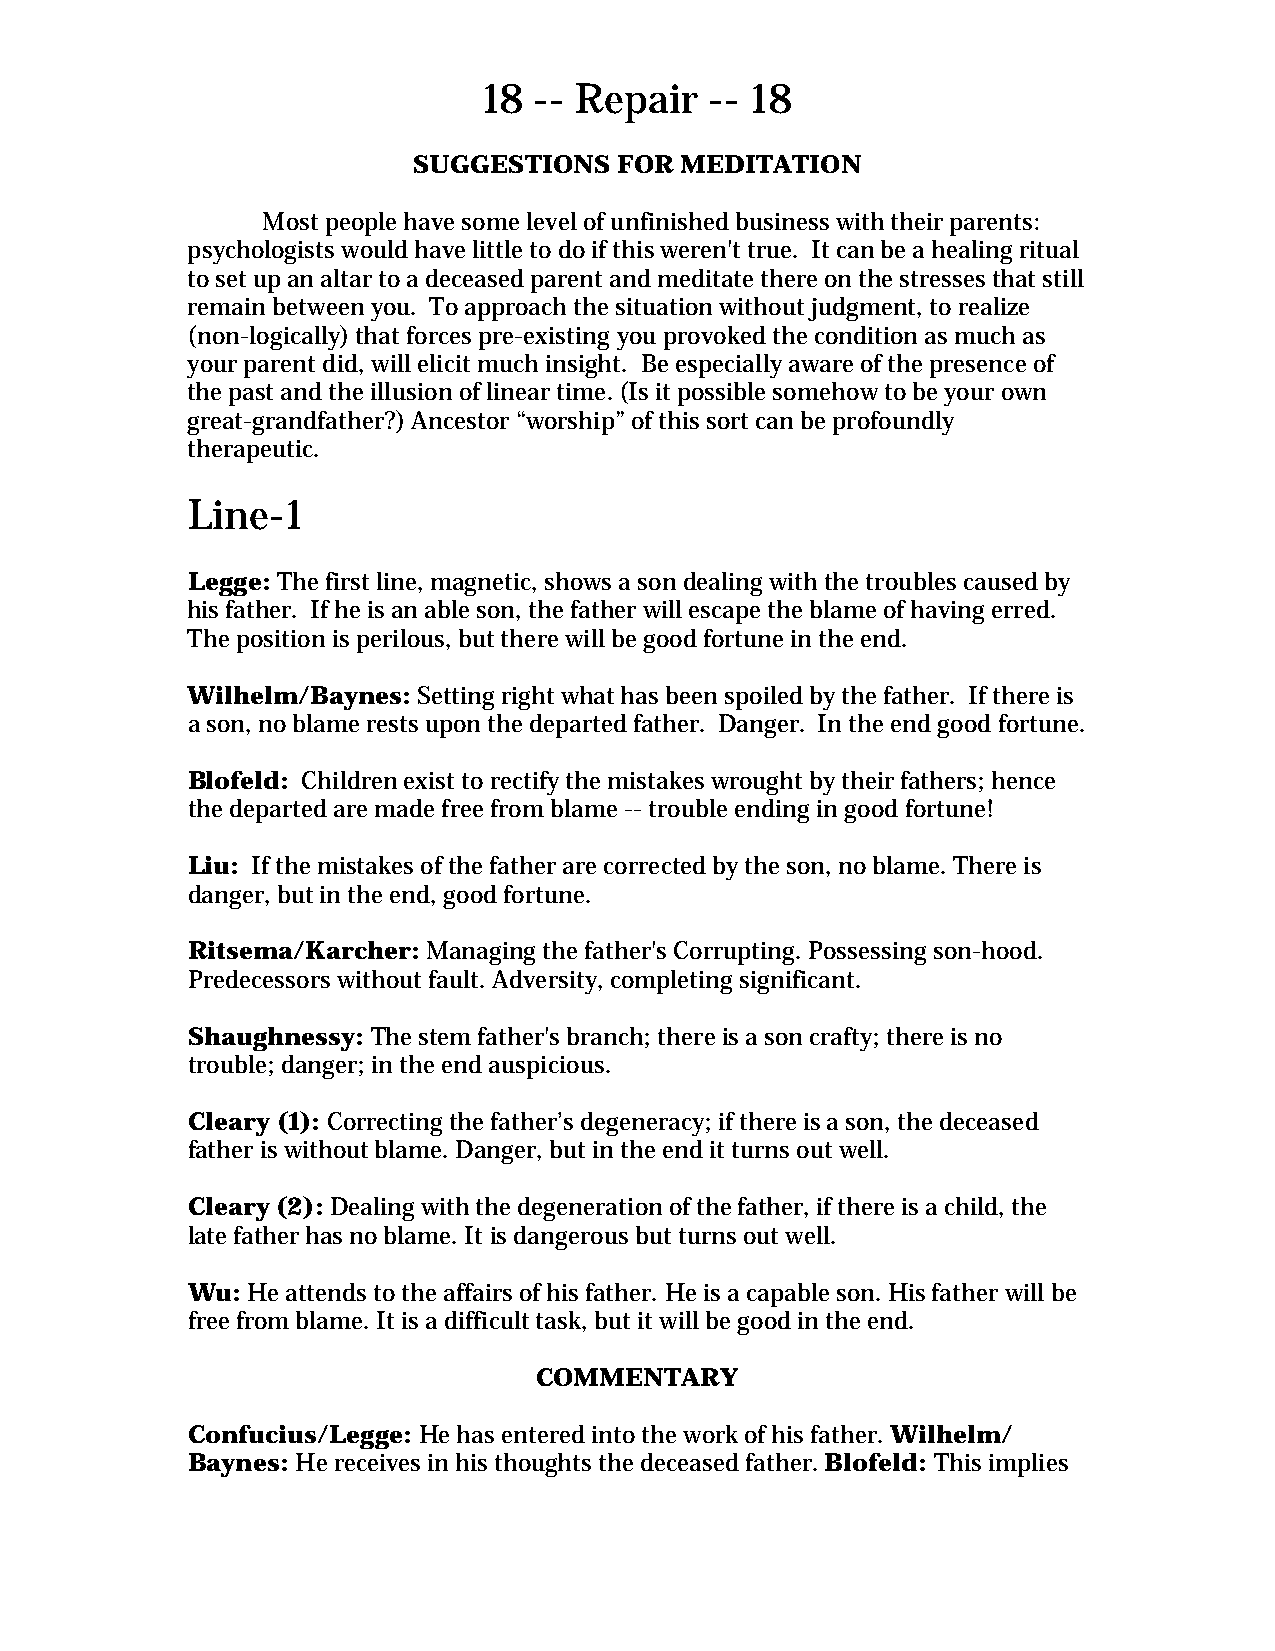
18 -- Repair   -- 18
 SUGGESTIONS   FOR MEDITATION
 Most people have some level of unfinished business with their parents:
 psychologists would have little to do if this weren't true. It can be a healing ritual
 to set up an altar to a deceased parent and meditate there on the stresses that still
 remain between you. To approach the situation without judgment, to realize
 (non-logically) that forces pre-existing you provoked the condition as much as
 your parent did, will elicit much insight. Be especially aware of the presence of
 the past and the illusion of linear time. (Is it possible somehow to be your own
 great-grandfather?) Ancestor “worship” of this sort can be profoundly
 therapeutic.
 Line-1
 Legge: The first line, magnetic, shows a son dealing with the troubles caused by
 his father. If he is an able son, the father will escape the blame of having erred.
 The position is perilous, but there will be good fortune in the end.
 Wilhelm/Baynes: Setting right what has been spoiled by the father. If there is
 a son, no blame rests upon the departed father. Danger. In the end good fortune.
 Blofeld: Children exist to rectify the mistakes wrought by their fathers; hence
 the departed are made free from blame -- trouble ending in good fortune!
 Liu: If the mistakes of the father are corrected by the son, no blame. There is
 danger, but in the end, good fortune.
 Ritsema/Karcher: Managing the father's Corrupting. Possessing son-hood.
 Predecessors without fault. Adversity, completing significant.
 Shaughnessy: The stem father's branch; there is a son crafty; there is no
 trouble; danger; in the end auspicious.
 Cleary (1): Correcting the father’s degeneracy; if there is a son, the deceased
 father is without blame. Danger, but in the end it turns out well.
 Cleary (2): Dealing with the degeneration of the father, if there is a child, the
 late father has no blame. It is dangerous but turns out well.
 Wu: He attends to the affairs of his father. He is a capable son. His father will be
 free from blame. It is a difficult task, but it will be good in the end.
 COMMENTARY
 Confucius/Legge: He has entered into the work of his father. Wilhelm/
 Baynes: He receives in his thoughts the deceased father. Blofeld: This implies